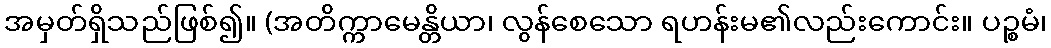
အမှတ်ရှိသည်ဖြစ်၍။ (အတိက္ကာမေန္တိယာ၊ လွန်စေသော ရဟန်းမ၏လည်းကောင်း။ ပဉ္စမံ၊